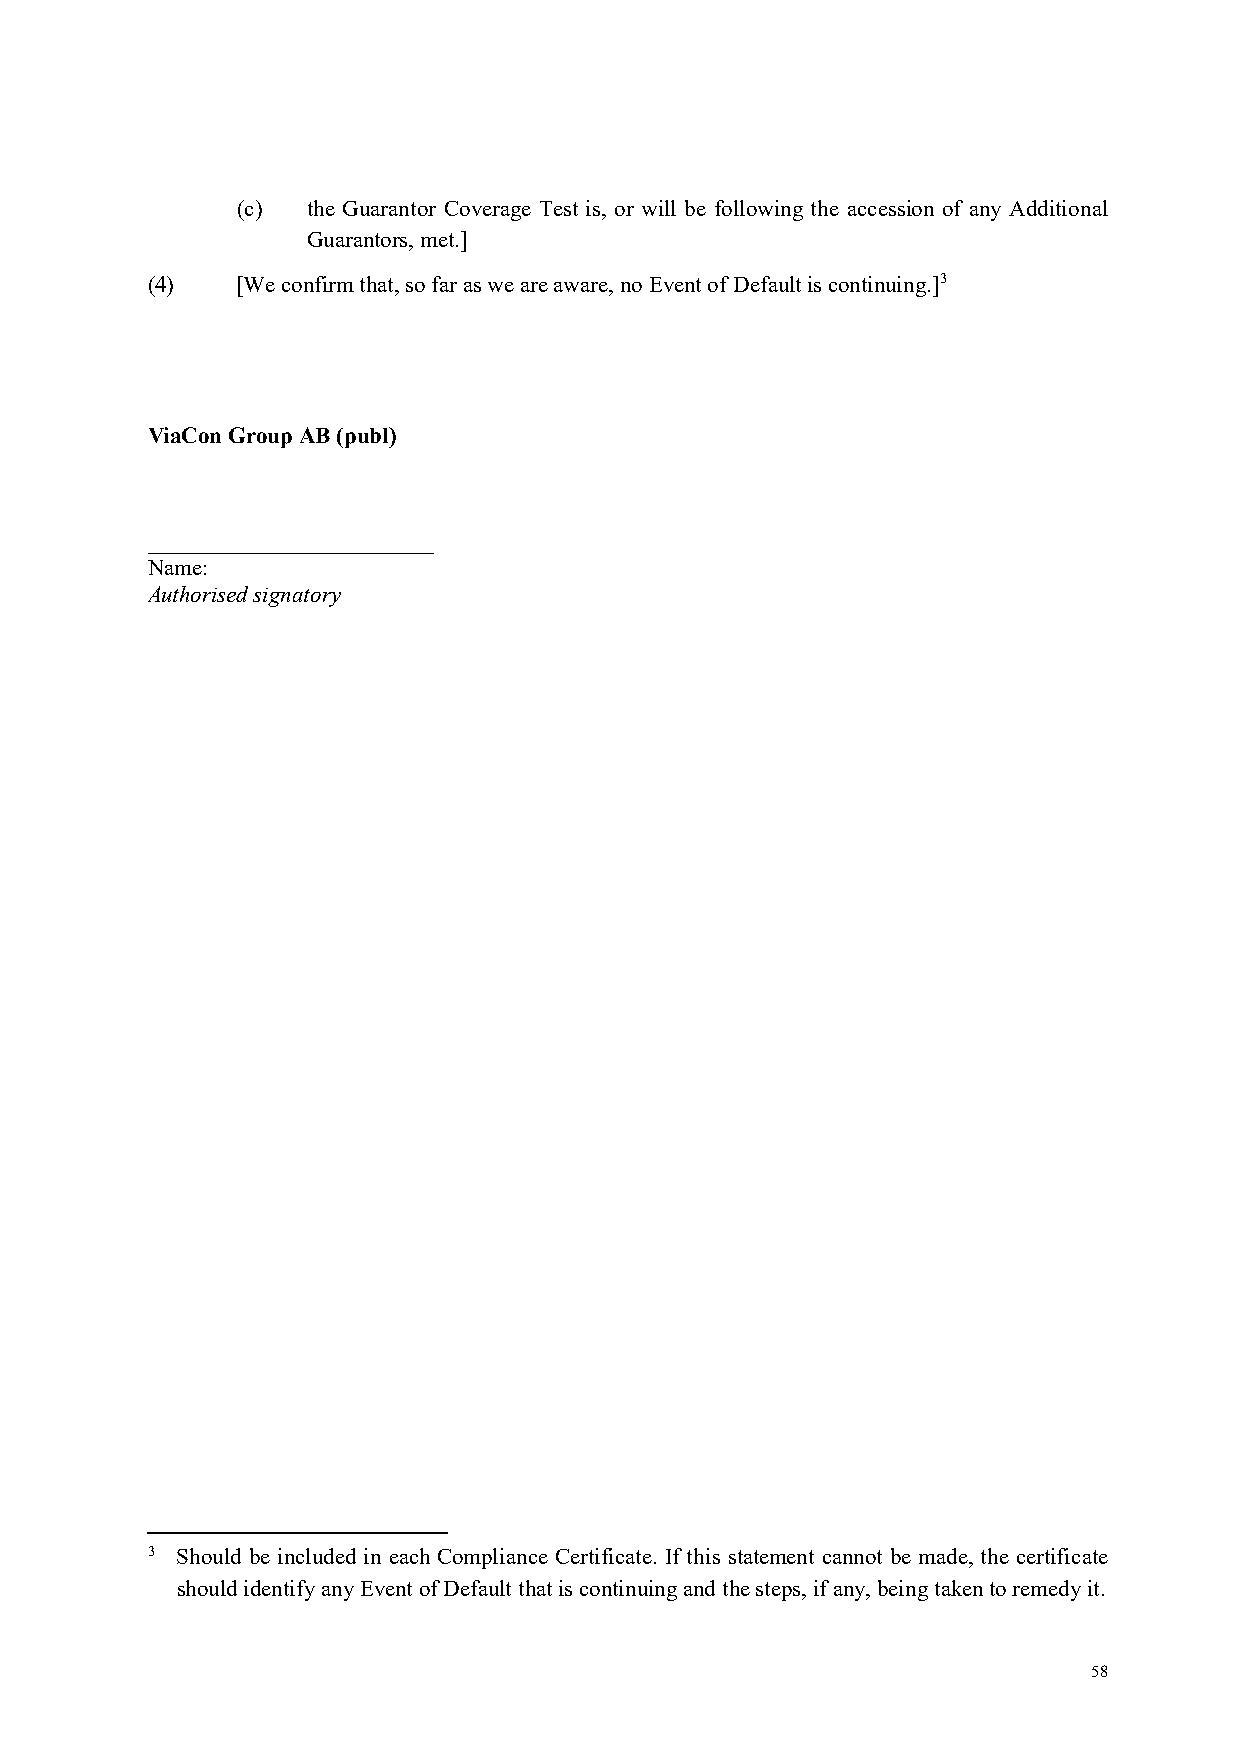
(c) the Guarantor Coverage Test is, or will be following the accession of any Additional
 Guarantors, met.]
 (4)   [We confirm that, so far as we are aware, no Event of Default is continuing.]3
 ViaCon Group AB (publ)
 _________________________
 Name:
 Authorised signatory
 3 Should be included in each Compliance Certificate. If this statement cannot be made, the certificate
 should identify any Event of Default that is continuing and the steps, if any, being taken to remedy it.
 58